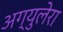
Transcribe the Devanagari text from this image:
अग्युलेरा